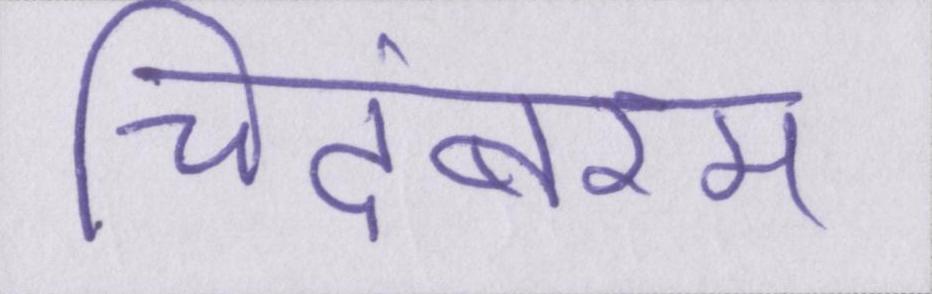
चिदंबरम